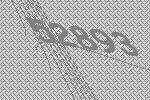
52893